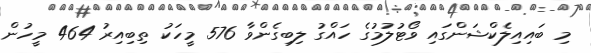
މި ބައިއިލެކްޝަންގައި ވޯޓުލުމުގެ ހައްގު ލިބިގެންވާ 576 މީހަކު ތިބިއިރު 464 މީހުން